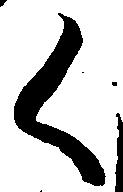
く